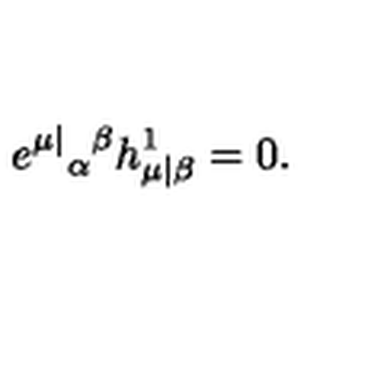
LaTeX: e ^ { \mu | } { } _ { \alpha } { } ^ { \beta } h _ { \mu | \beta } ^ { 1 } = 0 .